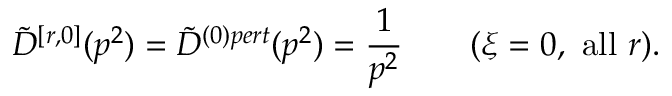
\tilde { D } ^ { [ r , 0 ] } ( p ^ { 2 } ) = \tilde { D } ^ { ( 0 ) p e r t } ( p ^ { 2 } ) = \frac { 1 } { p ^ { 2 } } \qquad ( \xi = 0 , \mathrm { ~ a l l ~ } r ) .